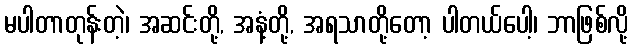
မပါတာတုန်းတဲ့၊ အဆင်းတို့, အနံ့တို့, အရသာတို့တော့ ပါတယ်ပေါ့၊ ဘာဖြစ်လို့